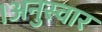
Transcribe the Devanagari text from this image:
।अनुस्वार